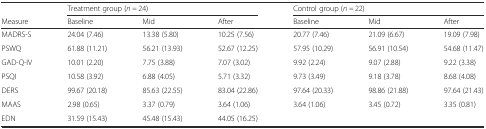
|  | <COLSPAN=3> Treatment group (n = 24) | <COLSPAN=3> Control group (n = 22) |
 | Measure | Baseline | Mid | After | Baseline | Mid | After |
 | --- | --- | --- | --- | --- | --- | --- |
 | MADRS-S | 24.04 (7.46) | 13.38 (5.80) | 10.25 (7.56) | 20.77 (7.46) | 21.09 (6.67) | 19.09 (7.98) |
 | PSWQ | 61.88 (11.21) | 56.21 (13.93) | 52.67 (12.25) | 57.95 (10.29) | 56.91 (10.54) | 54.68 (11.47) |
 | GAD-Q-IV | 10.01 (2.20) | 7.75 (3.88) | 7.07 (3.02) | 9.92 (2.24) | 9.07 (2.88) | 9.22 (3.38) |
 | PSQI | 10.58 (3.92) | 6.88 (4.05) | 5.71 (3.32) | 9.73 (3.49) | 9.18 (3.78) | 8.68 (4.08) |
 | DERS | 99.67 (20.18) | 85.63 (22.55) | 83.04 (22.86) | 97.64 (20.33) | 98.86 (21.88) | 97.64 (21.43) |
 | MAAS | 2.98 (0.65) | 3.37 (0.79) | 3.64 (1.06) | 3.64 (1.06) | 3.45 (0.72) | 3.35 (0.81) |
 | EDN | 31.59 (15.43) | 45.48 (15.43) | 44.05 (16.25) |  |  |  |